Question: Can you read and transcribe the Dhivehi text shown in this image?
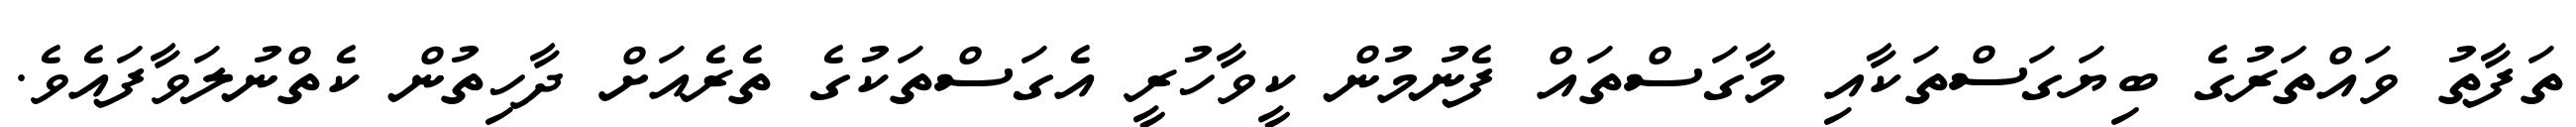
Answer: ތަފާތު ވައްތަރުގެ ބިޔަގަސްތަކާއި މާގަސްތައް ފެނުމުން ކީވާހުރީ އެގަސްތަކުގެ ތެރެއަށް ދާހިތުން ކެތްނުލަވާފައެވެ.